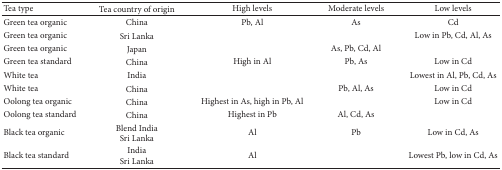
<table><thead><tr><td><b>Tea type </b></td><td><b>Tea country of origin</b></td><td><b>High levels</b></td><td><b>Moderate levels</b></td><td><b>Low levels</b></td></tr></thead><tbody><tr><td>Green tea organic</td><td>China</td><td>Pb, Al</td><td>As</td><td>Cd</td></tr><tr><td>Green tea organic</td><td>Sri Lanka</td><td> </td><td> </td><td>Low in Pb, Cd, Al, As</td></tr><tr><td>Green tea organic</td><td>Japan</td><td> </td><td>As, Pb, Cd, Al</td><td> </td></tr><tr><td>Green tea standard</td><td>China</td><td>High in Al </td><td>Pb, As</td><td>Low in Cd</td></tr><tr><td>White tea</td><td>India </td><td> </td><td> </td><td>Lowest in Al, Pb, Cd, As</td></tr><tr><td>White tea </td><td>China</td><td> </td><td>Pb, Al, As</td><td>Low in Cd</td></tr><tr><td>Oolong tea organic</td><td>China</td><td>Highest in As, high in Pb, Al</td><td> </td><td>Low in Cd</td></tr><tr><td>Oolong tea standard</td><td>China</td><td>Highest in Pb</td><td>Al, Cd, As</td><td> </td></tr><tr><td>Black tea organic</td><td>Blend India Sri Lanka</td><td>Al</td><td>Pb</td><td>Low in Cd, As</td></tr><tr><td>Black tea standard</td><td>India Sri Lanka</td><td>Al</td><td> </td><td>Lowest Pb, low in Cd, As</td></tr></tbody></table>